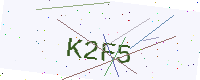
Text: K2F5